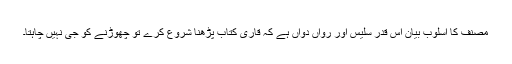
مصنف کا اسلوبِ بیان اس قدر سلیس اور رواں دواں ہے کہ قاری کتاب پڑھنا شروع کرے تو چھوڑنے کو جی نہیں چاہتا۔